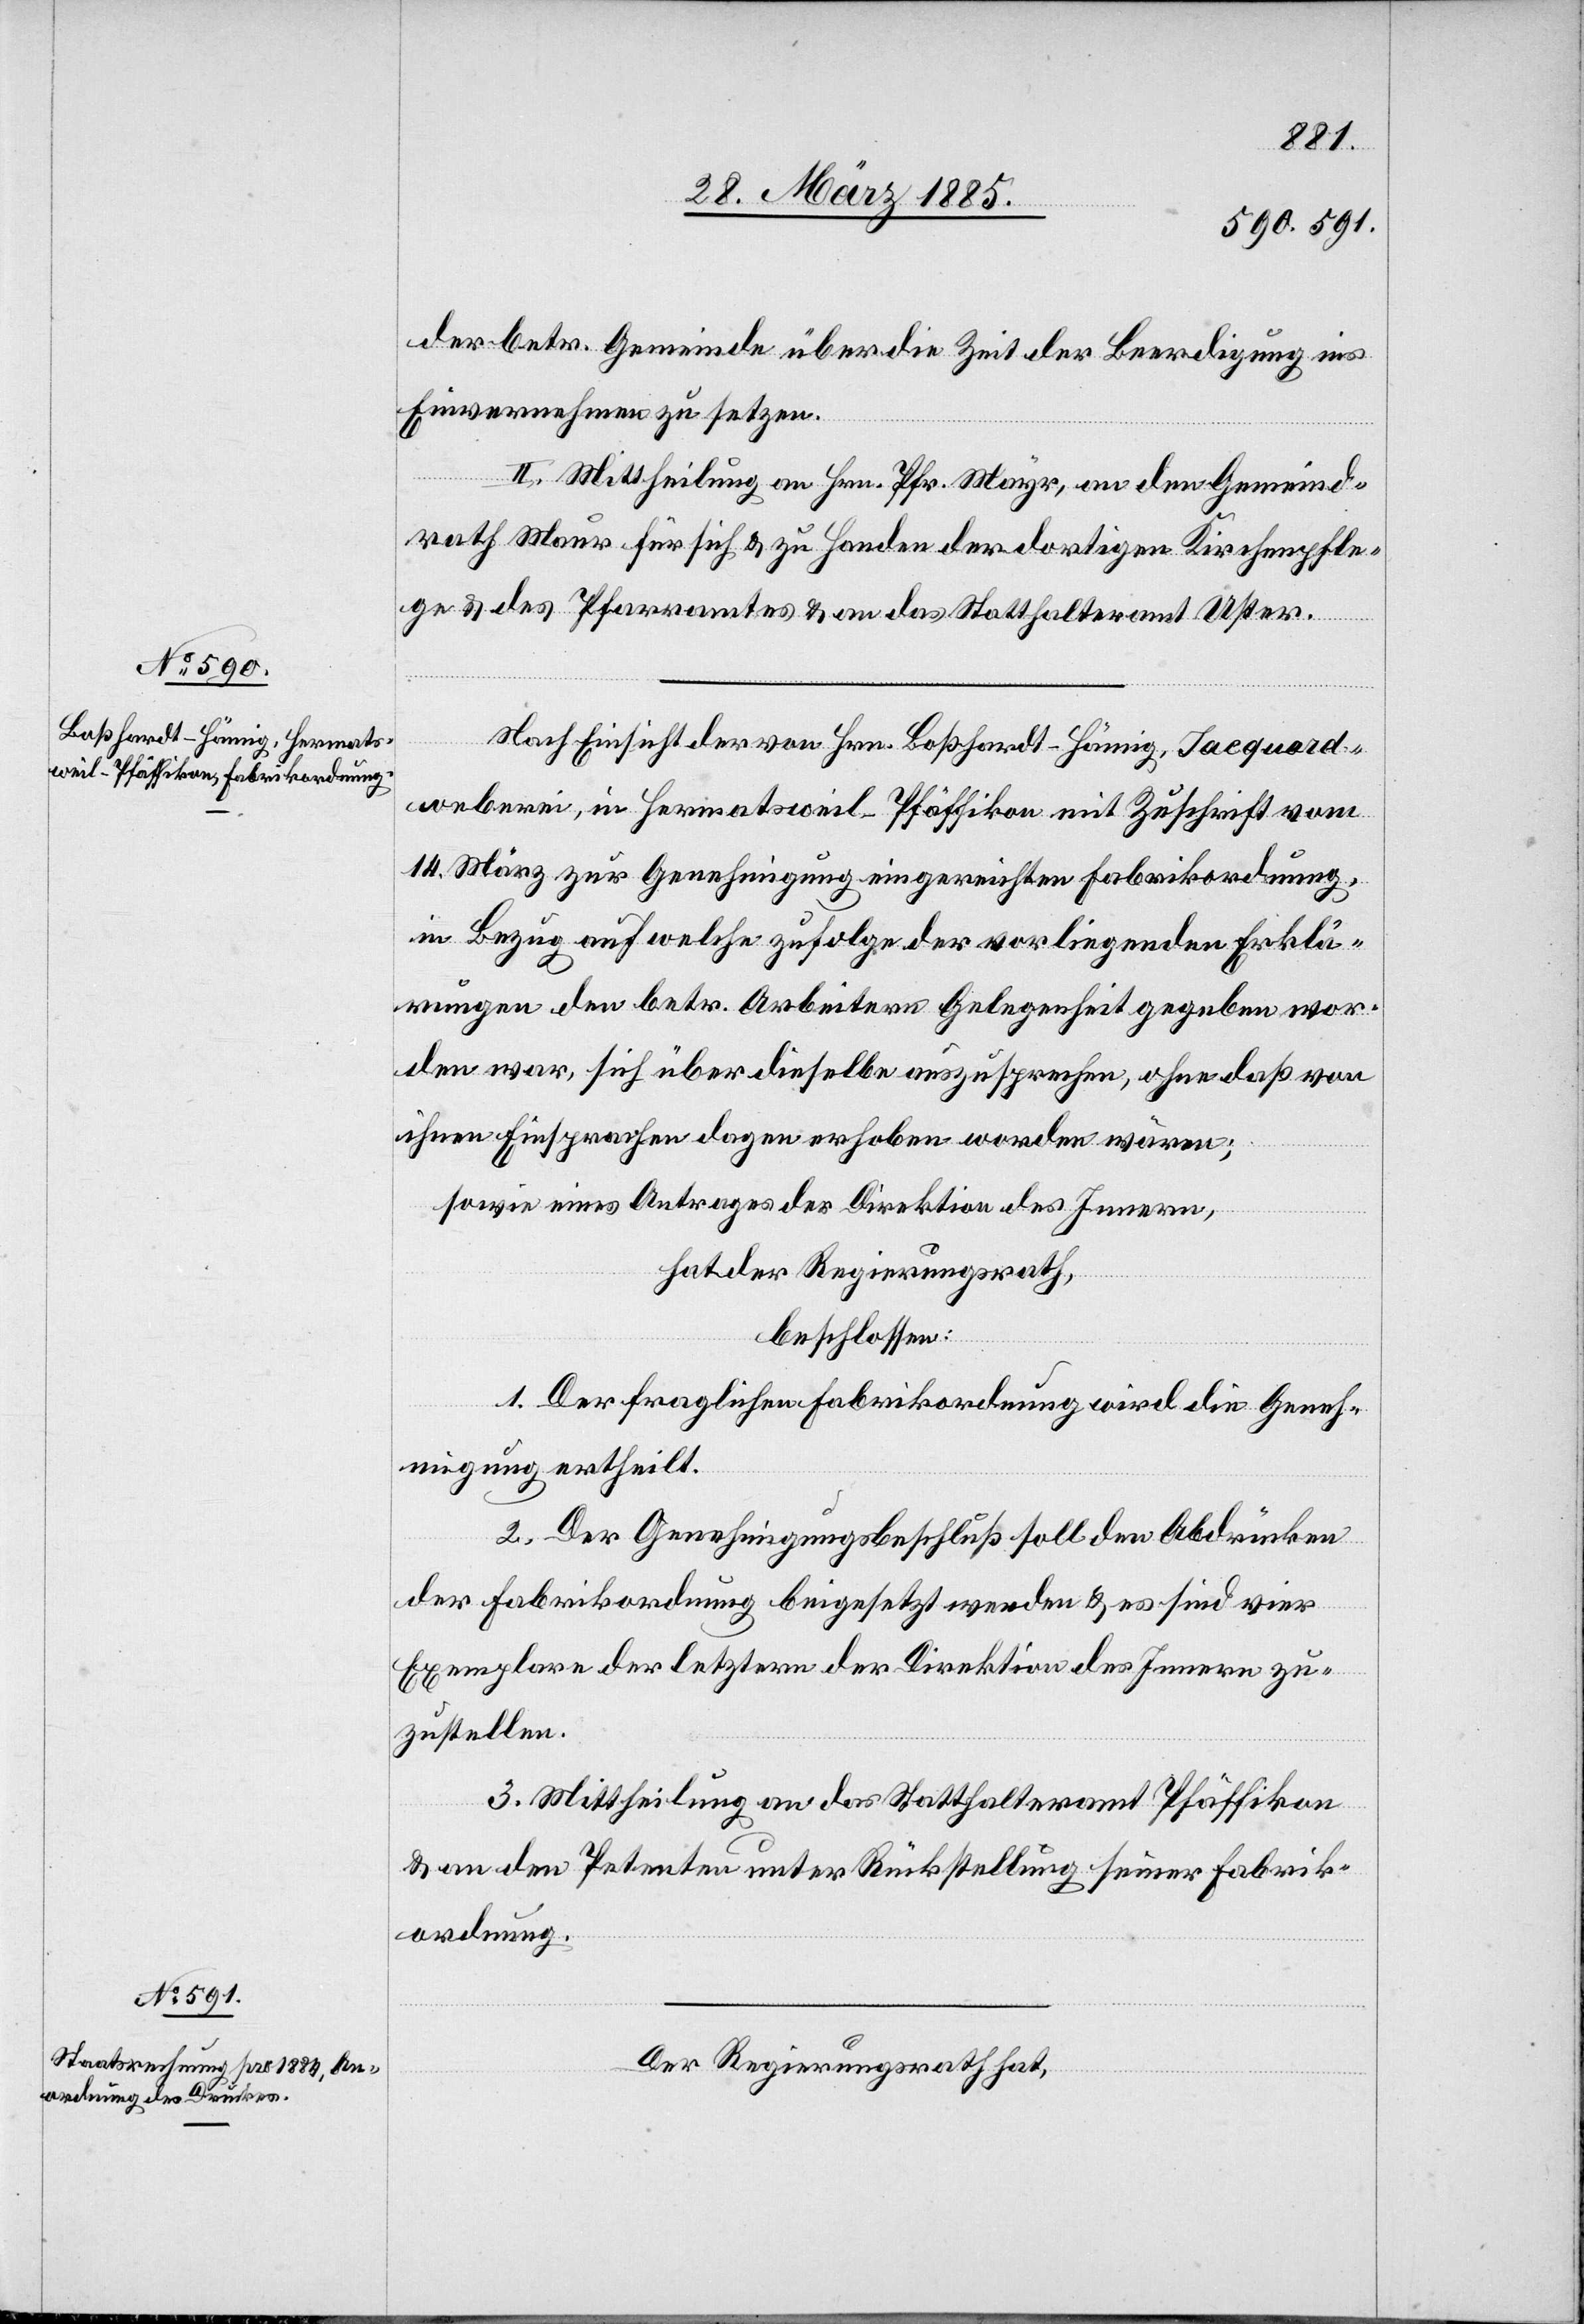
der betr. Gemeinde über die Zeit der Beerdigung ins
Einvernehmen zu setzen.
II. Mittheilung an Hrn. Pfr. Mayr, an den Gemeind¬
rath Maur für sich & zu Handen der dortigen Kirchenpfle¬
ge & des Pfarramtes & an das Statthalteramt Uster.
Nach Einsicht der von Hrn. Boßhard-Hämig, Jaquard¬
weberei, in Hermatsweil - Pfäffikon mit Zuschrift vom
14. März zur Genehmigung eingereichten Fabrikordnung,
in Bezug auf welche zufolge der vorliegenden Erklä¬
rungen den betr. Arbeitern Gelegenheit gegeben wor¬
den war, sich über dieselbe auszusprechen, ohne daß von
ihnen Einsprachen dage[ge]n erhoben worden wären;
sowie eines Antrages der Direktion des Innern,
hat der Regierungsrath,
beschlossen:
1. Der fraglichen Fabrikordnung wird die Geneh¬
migung ertheilt.
2. Der Genehmigungsbeschluß soll den Abdrücken
der Fabrikordnung beigesetzt werden & es sind vier
Exemplare der letztern der Direktion des Innern zu¬
zustellen.
3. Mittheilung an das Statthalteramt Pfäffikon
& an den Petenten unter Rückstellung seiner Fabrik¬
ordnung.
Der Regierungsrath hat,